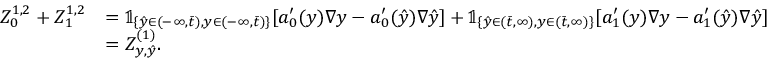
\begin{array} { r l } { Z _ { 0 } ^ { 1 , 2 } + Z _ { 1 } ^ { 1 , 2 } } & { = \mathbb { 1 } _ { \{ \hat { y } \in ( - \infty , \bar { t } ) , y \in ( - \infty , \bar { t } ) \} } [ a _ { 0 } ^ { \prime } ( y ) \nabla y - a _ { 0 } ^ { \prime } ( \hat { y } ) \nabla \hat { y } ] + \mathbb { 1 } _ { \{ \hat { y } \in ( \bar { t } , \infty ) , y \in ( \bar { t } , \infty ) \} } [ a _ { 1 } ^ { \prime } ( y ) \nabla y - a _ { 1 } ^ { \prime } ( \hat { y } ) \nabla \hat { y } ] } \\ & { = Z _ { y , \hat { y } } ^ { ( 1 ) } . } \end{array}